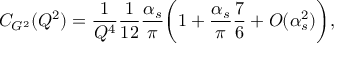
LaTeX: C _ { G ^ { 2 } } ( Q ^ { 2 } ) = \frac { 1 } { Q ^ { 4 } } \frac { 1 } { 1 2 } \frac { \alpha _ { s } } { \pi } \biggl ( 1 + \frac { \alpha _ { s } } { \pi } \frac { 7 } { 6 } + O ( \alpha _ { s } ^ { 2 } ) \biggr ) ,